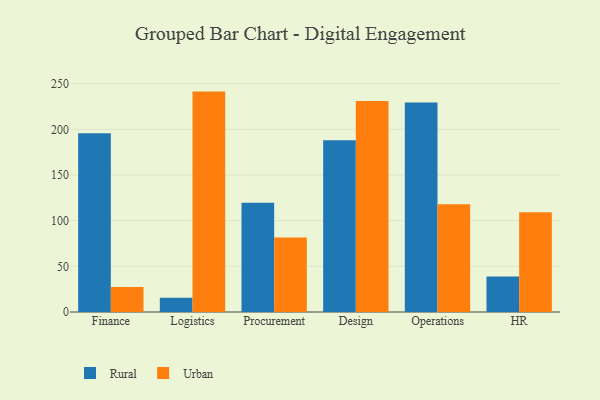
{"axis": {"x": "Department", "y": "Shipments"}, "legend": ["Rural", "Urban"], "data": [{"x": "Finance", "y": 195.8, "type": "Rural"}, {"x": "Finance", "y": 27.4, "type": "Urban"}, {"x": "Logistics", "y": 15.7, "type": "Rural"}, {"x": "Logistics", "y": 241.3, "type": "Urban"}, {"x": "Procurement", "y": 119.5, "type": "Rural"}, {"x": "Procurement", "y": 81.5, "type": "Urban"}, {"x": "Design", "y": 188.1, "type": "Rural"}, {"x": "Design", "y": 230.9, "type": "Urban"}, {"x": "Operations", "y": 229.3, "type": "Rural"}, {"x": "Operations", "y": 118.0, "type": "Urban"}, {"x": "HR", "y": 38.9, "type": "Rural"}, {"x": "HR", "y": 109.1, "type": "Urban"}]}